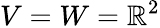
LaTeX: V=W=\mathbb{R}^{2}